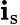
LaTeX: \mathbf{i}_{\mathrm{s}}